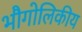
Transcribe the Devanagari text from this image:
भौगोलिकीय